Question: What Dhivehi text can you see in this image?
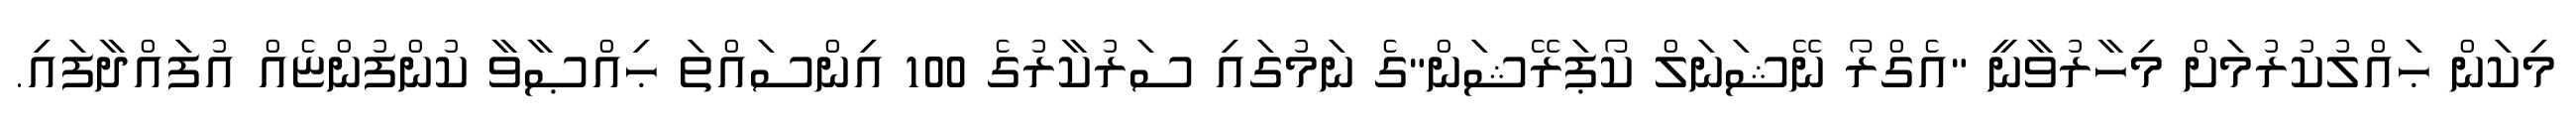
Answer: މިކަން ޙައްލުކުރުމަށް މިހާރުވާނީ "އެގްރޯ ނޭޝަނަލް ކޯޕަރޭޝަން"ގެ ނަމުގައި ސަރުކާރުގެ 100 އިންސައްތަ ޙިއްޞާވާ ކުންފުންޏެއް އުފައްދާފައި.